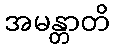
အမန္တာတိ